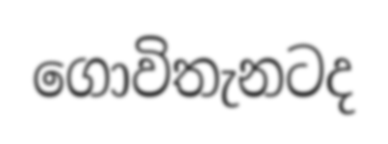
ගොවිතැනටද